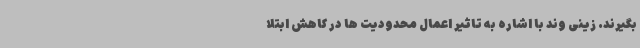
بگیرند. زینی وند با اشاره به تاثیر اعمال محدودیت ها در کاهش ابتلا